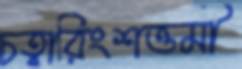
চত্বারিংশত্তমী